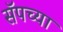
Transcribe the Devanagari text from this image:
सॅपच्या